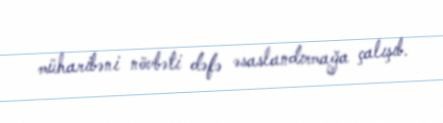
müharibəni növbəti dəfə əsaslandırmağa çalışıb.